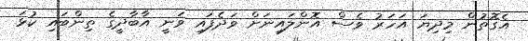
އެގޮތުން މިދިޔަ އަހަރު ވެސް އޮންލައިނަށް ވަދެފައި ވަނީ އާބާދީގެ ތިންބައި ކުޅަ